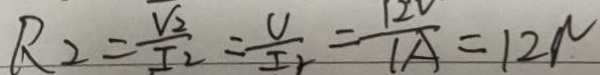
R _ { 2 } = \frac { V _ { 2 } } { I _ { 2 } } = \frac { V } { I _ { 2 } } = \frac { 1 2 V } { 1 A } = 1 2 N